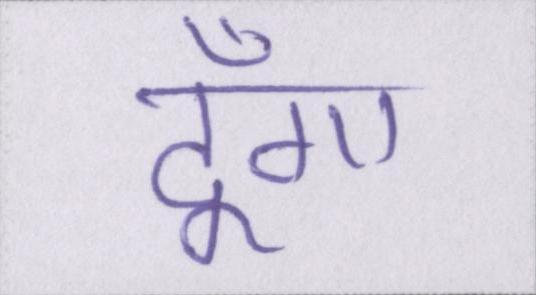
दूँगा